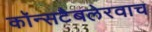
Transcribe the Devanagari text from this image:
कॉन्सटैबलेरवाच